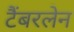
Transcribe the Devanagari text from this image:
टैंबरलेन